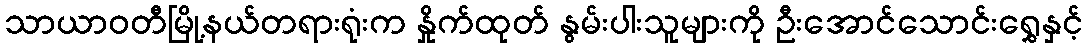
သာယာဝတီမြို့နယ်တရားရုံးက နှိုက်ထုတ် နွမ်းပါးသူများကို ဦးအောင်သောင်းရွှေနှင့်